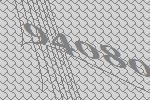
94080